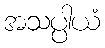
အသပ္ပါယံ